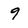
Character: 9